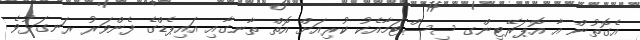
އެގޮތުން އާ އޮޕަރޭޓިންގ ސިސްޓަމާއެކު ކުރިއަށް އޮތް ތާނގާއި އައިޕެޑްގެ ފެންވަރު ރަނގަޅުވެ